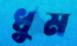
ধুম